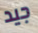
جيد